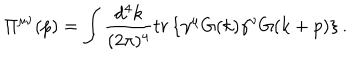
\Pi ^ { \mu \nu } ( p ) = \int \frac { d ^ { 4 } k } { ( 2 \pi ) ^ { 4 } } t r \left\{ \gamma ^ { \mu } G ( k ) \gamma ^ { \nu } G ( k + p ) \right\} .